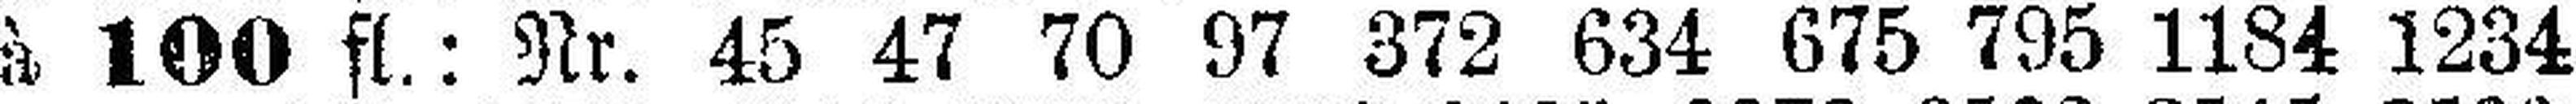
à 100 fl.: Nr. 45 47 70 97 372 634 675 795 1184 1234